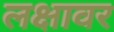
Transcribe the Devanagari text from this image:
लक्षावर